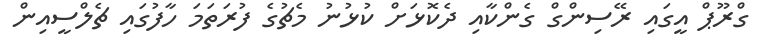
ގްރޫޕް އީގައި ރޭސިންގް ގެންކާއި ދެކޮޅަށް ކުޅުނު މެޗުގެ ފުރަތަމަ ހާފުގައި ޗެލްސީއިން